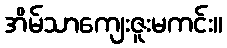
အိမ်သာကျေးဇူးမကင်း။